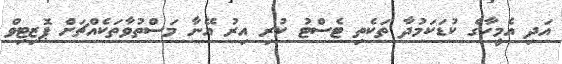
އަދި އެމީހާގެ ކުޑަކަމުދާ ތަކެތި ޓެސްޓު ކުރި އިރު އޭނާ މަސްތުވާތަކެއްޗަށް ޕޮޒިޓިވް